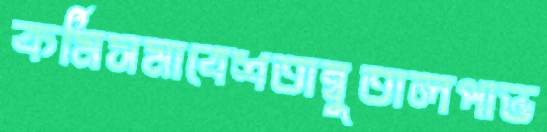
কর্মিসমাবেশতাম্বুতালপান্ড